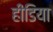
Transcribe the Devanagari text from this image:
हीडिया